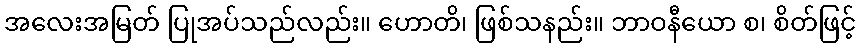
အလေးအမြတ် ပြုအပ်သည်လည်း။ ဟောတိ၊ ဖြစ်သနည်း။ ဘာဝနီယော စ၊ စိတ်ဖြင့်